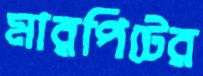
মারপিটের